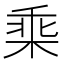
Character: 𣒧